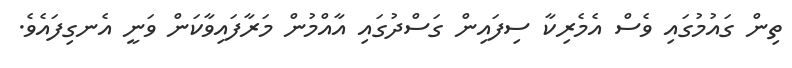
ތިން ގައުމުގައި ވެސް އެމެރިކާ ސިފައިން ގަސްދުގައި އާއްމުން މަރާފައިވާކަން ވަނީ އެނގިފައެވެ.